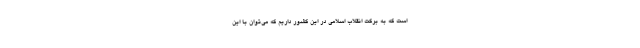
است که به برکت انقلاب اسلامی در این کشور داریم که می‌توان با این